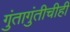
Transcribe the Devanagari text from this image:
गुंतागुंतीचीही